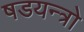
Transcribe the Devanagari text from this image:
षडयन्त्रो